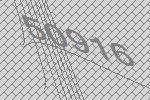
50916